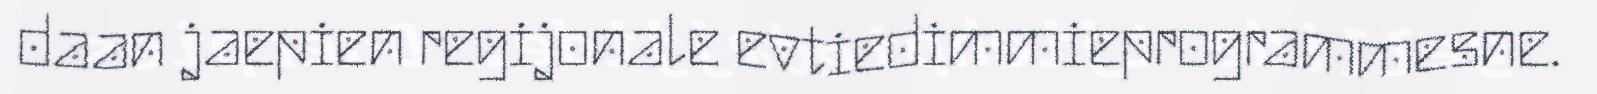
daan jaepien regijonale evtiedimmieprogrammesne.